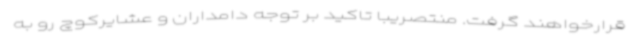
قرارخواهند گرفت. منتصریبا تاکید بر توجه دامداران و عشایرکوچ رو به